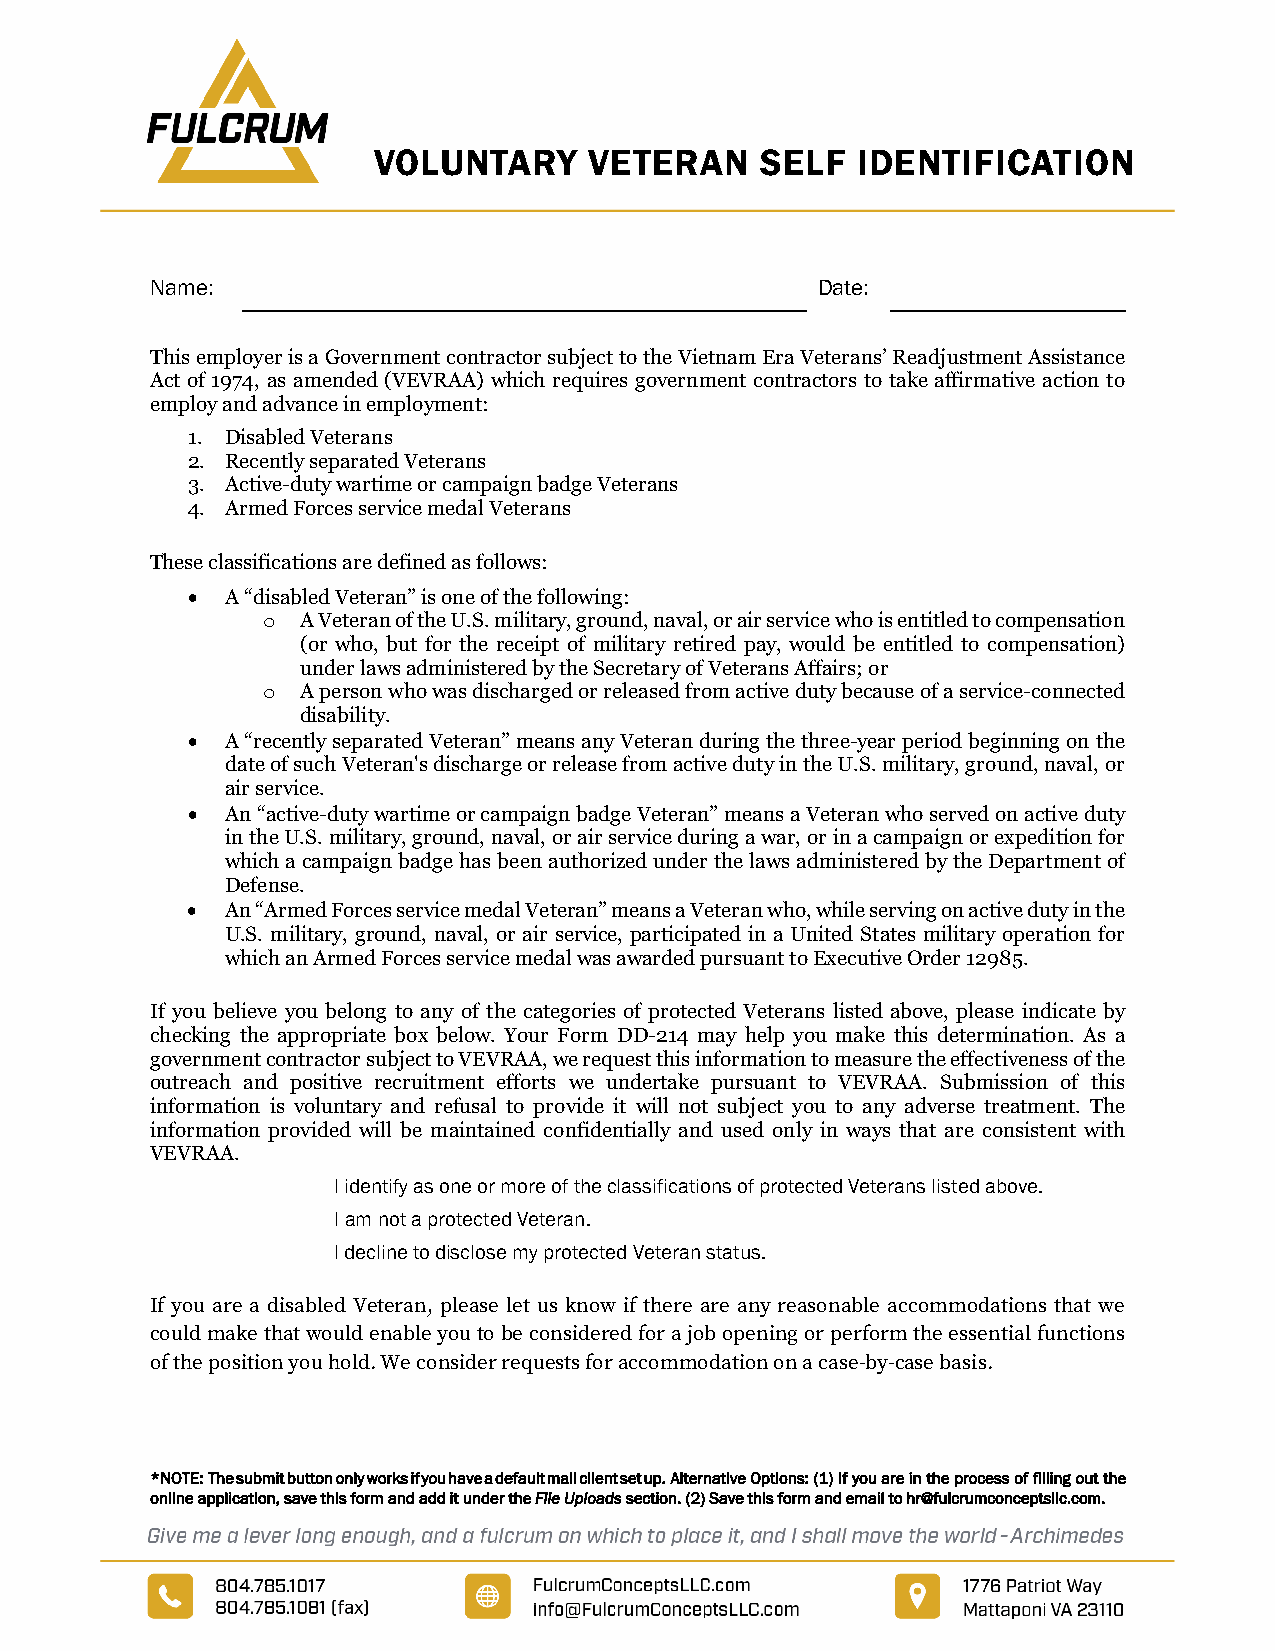
VOLUNTARY     VETERAN    SELF   IDENTIFICATION
 Name:                                       Date:
 This employer is a Government contractor subject to the Vietnam Era Veterans’ Readjustment Assistance
 Act of 1974, as amended (VEVRAA) which requires government contractors to take affirmative action to
 employ and advance in employment:
 1. Disabled Veterans
 2. Recently separated Veterans
 3. Active-duty wartime or campaign badge Veterans
 4. Armed Forces service medal Veterans
 These classifications are defined as follows:
 •  A “disabled Veteran” is one of the following:
 A Veteran of the U.S. military, ground, naval, or air service who is entitled to compensation
 o
 (or who, but for the receipt of military retired pay, would be entitled to compensation)
 under laws administered by the Secretary of Veterans Affairs; or
 A person who was discharged or released from active duty because of a service-connected
 o
 disability.
 •  A “recently separated Veteran” means any Veteran during the three-year period beginning on the
 date of such Veteran's discharge or release from active duty in the U.S. military, ground, naval, or
 air service.
 •  An “active-duty wartime or campaign badge Veteran” means a Veteran who served on active duty
 in the U.S. military, ground, naval, or air service during a war, or in a campaign or expedition for
 which a campaign badge has been authorized under the laws administered by the Department of
 Defense.
 •  An “Armed Forces service medal Veteran” means a Veteran who, while serving on active duty in the
 U.S. military, ground, naval, or air service, participated in a United States military operation for
 which an Armed Forces service medal was awarded pursuant to Executive Order 12985.
 If you believe you belong to any of the categories of protected Veterans listed above, please indicate by
 checking the appropriate box below. Your Form DD-214 may help you make this determination. As a
 government contractor subject to VEVRAA, we request this information to measure the effectiveness of the
 outreach and positive recruitment efforts we undertake pursuant to VEVRAA. Submission of this
 information is voluntary and refusal to provide it will not subject you to any adverse treatment. The
 information provided will be maintained confidentially and used only in ways that are consistent with
 VEVRAA.
 I identify as one or more of the classifications of protected Veterans listed above.
 I am not a protected Veteran.
 I decline to disclose my protected Veteran status.
 If you are a disabled Veteran, please let us know if there are any reasonable accommodations that we
 could make that would enable you to be considered for a job opening or perform the essential functions
 of the position you hold. We consider requests for accommodation on a case-by-case basis.
 *NOTE: The submit button only works if you have a default mail client set up. Alternative Options: (1) If you are in the process of filling out the
 online application, save this form and add it under the File Uploads section. (2) Save this form and email to hr@fulcrumconceptsllc.com.